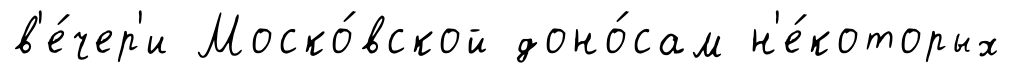
в'е́чер'и Моско́вской доно́сам н'е́которых